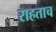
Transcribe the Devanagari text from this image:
राहताच